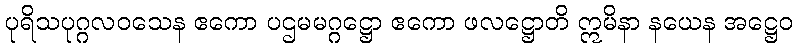
ပုရိသပုဂ္ဂလဝသေန ဧကော ပဌမမဂ္ဂဋ္ဌော ဧကော ဖလဋ္ဌောတိ ဣမိနာ နယေန အဋ္ဌေဝ